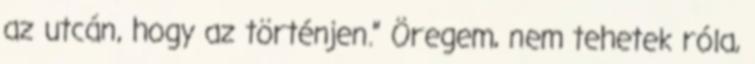
az utcán, hogy az történjen.” Öregem, nem tehetek róla,